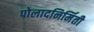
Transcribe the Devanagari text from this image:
पोलादनिर्मिती